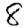
Digit: 8